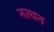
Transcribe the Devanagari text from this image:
नत्थन